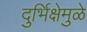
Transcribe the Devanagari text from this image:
दुर्भिक्षेमुळे